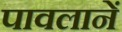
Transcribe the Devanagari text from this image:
पावलानें